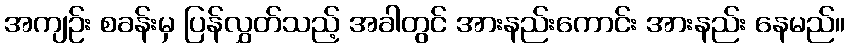
အကျဉ်း စခန်းမှ ပြန်လွှတ်သည့် အခါတွင် အားနည်းကောင်း အားနည်း နေမည်။